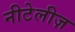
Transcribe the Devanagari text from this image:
नीटेलीज़